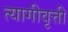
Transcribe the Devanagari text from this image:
त्यागीवृत्ती